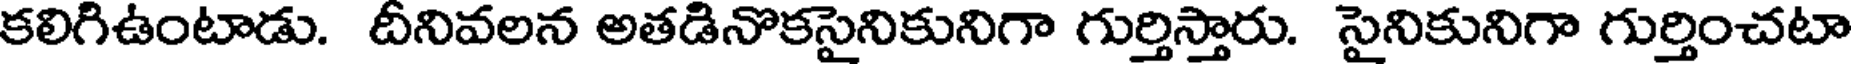
కలిగిఉంటాడు. దీనివలన అతడినొకసైనికునిగా గుర్తిస్తారు. సైనికునిగా గుర్తించటా